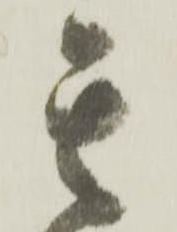
其